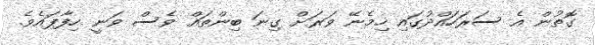
ގޮތުން އެ ސަރަހައްދުގައި ހިމެނޭ ވަރަށް ގިނަ ބިންތައް ވެސް ވަނީ ހިފާފައެވެ.